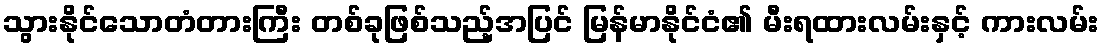
သွားနိုင်သောတံတားကြီး တစ်ခုဖြစ်သည့်အပြင် မြန်မာနိုင်ငံ၏ မီးရထားလမ်းနှင့် ကားလမ်း